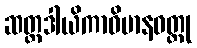
ဆတ္တဒါယိကာဝိမာနဝတ္ထု